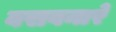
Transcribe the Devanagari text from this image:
वसवनारे